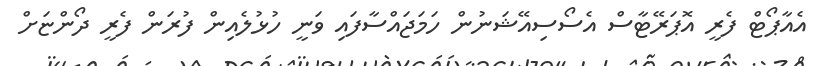
އެއާޕޯޓް ފެރީ އޮޕަރޭޓާސް އެސޯސިއޭޝަނުން ހަމަޖައްސާފައި ވަނީ ހުޅުލެއިން ފުރަން ފެރީ ދޯންޏަށް